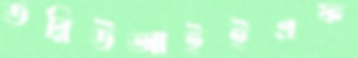
ডব্লিউআইইএফ